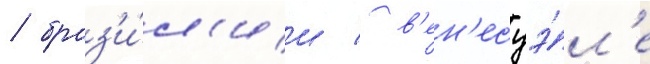
/ браз'и́л'ии / в'ен'есуэ́л'е